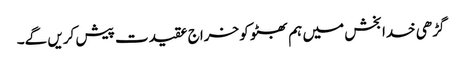
گڑھی خدا بخش میں ہم بھٹو کو خراج عقیدت پیش کریں گے۔